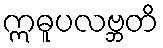
ဣဓူပလဗ္ဘတိ